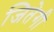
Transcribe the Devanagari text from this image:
जितेगी